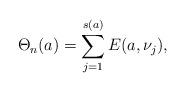
LaTeX: \begin{align*}\Theta_n(a) =\sum_{j=1}^{s(a)} E(a,\nu_j),\end{align*}